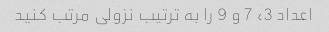
اعداد 3، 7 و 9 را به ترتیب نزولی مرتب کنید